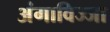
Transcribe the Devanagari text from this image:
अंगाविज्जा